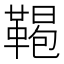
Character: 𩋲